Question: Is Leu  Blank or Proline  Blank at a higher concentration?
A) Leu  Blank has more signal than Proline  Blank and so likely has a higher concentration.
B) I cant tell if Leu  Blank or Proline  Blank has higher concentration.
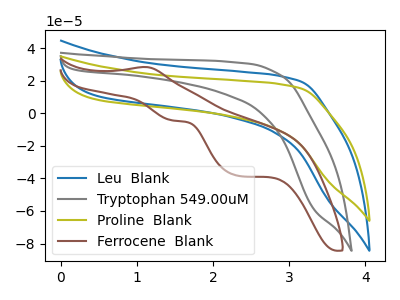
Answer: <think>The blue curve "Leu  Blank" has no peaks. The gray curve "Tryptophan 549.00uM" has no peaks. The olive curve "Proline  Blank" has no peaks. The brown curve "Ferrocene  Blank" has an anodic peak at (1.10V, 28.40uA) and cathodic peaks at (1.45V, -4.45uA) (2.35V, -38.50uA).
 Neither "Leu  Blank" or "Proline  Blank" have any peaks.</think>
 <answer>B) I cant tell if "Leu  Blank" or "Proline  Blank" has higher concentration.</answer>
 <eval>B</eval>